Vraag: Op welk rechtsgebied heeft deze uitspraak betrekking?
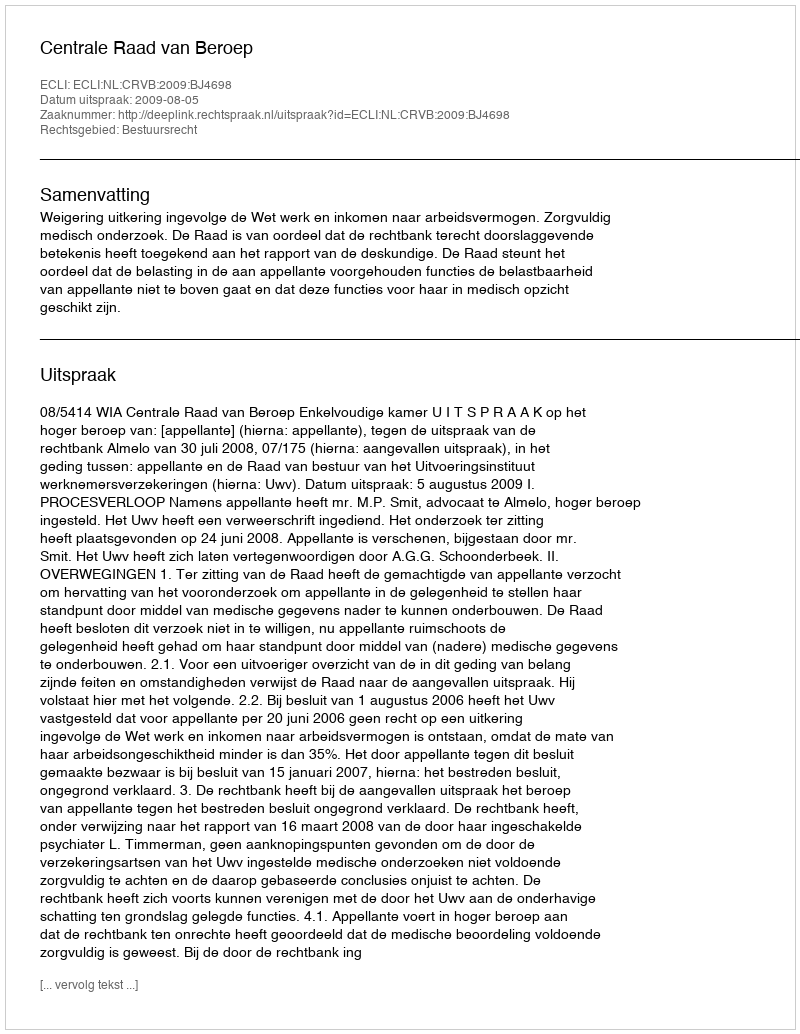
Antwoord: Bestuursrecht